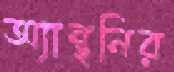
অ্যান্থনির